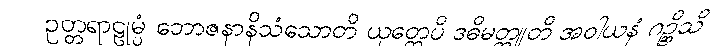
ဥတ္တရာဠုမ္ပံ ဘောဇနာနိသံသောတိ ယုတ္တေပိ ဒဓိမတ္ထူတိ အဝါယနံ ဂဉ္ဆိသိ